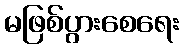
မဖြစ်ပွားစေရေး